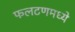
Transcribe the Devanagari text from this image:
फलटणमध्ये